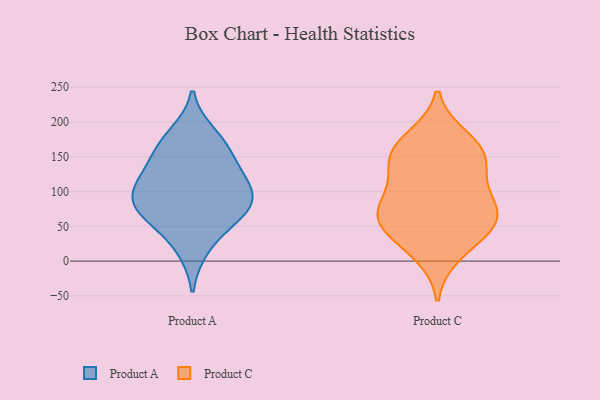
{"axis": {"x": "Customer Acquisition Cost (USD)", "y": "Value"}, "legend": ["Product A", "Product C"], "data": [{"x": "", "y": 99, "type": "Product A"}, {"x": "", "y": 157, "type": "Product A"}, {"x": "", "y": 76, "type": "Product A"}, {"x": "", "y": 79, "type": "Product A"}, {"x": "", "y": 123, "type": "Product A"}, {"x": "", "y": 121, "type": "Product A"}, {"x": "", "y": 57, "type": "Product A"}, {"x": "", "y": 18, "type": "Product A"}, {"x": "", "y": 71, "type": "Product A"}, {"x": "", "y": 164, "type": "Product A"}, {"x": "", "y": 102, "type": "Product A"}, {"x": "", "y": 182, "type": "Product A"}, {"x": "", "y": 72, "type": "Product C"}, {"x": "", "y": 11, "type": "Product C"}, {"x": "", "y": 176, "type": "Product C"}, {"x": "", "y": 164, "type": "Product C"}, {"x": "", "y": 77, "type": "Product C"}, {"x": "", "y": 61, "type": "Product C"}, {"x": "", "y": 149, "type": "Product C"}, {"x": "", "y": 71, "type": "Product C"}, {"x": "", "y": 150, "type": "Product C"}, {"x": "", "y": 103, "type": "Product C"}, {"x": "", "y": 133, "type": "Product C"}, {"x": "", "y": 44, "type": "Product C"}, {"x": "", "y": 40, "type": "Product C"}]}